system: You are a helpful assistant.
user:
Analyze the provided spectrum to determine if it is a **"Cataclysmic Variables (CV)"**.

- **Key Indicators for CV (Check for either state):**
    - **State 1: Quiescent / Low-State (Emission-Dominated)**
        - **(Primary):** Strong and *very broad* Hydrogen Balmer emission lines (e.g., $H\alpha$ at 6563 Å, $H\beta$ at 4861 Å). The 'broadness' (high velocity dispersion, often FWHM > 1000 km/s) is the key diagnostic, indicating a high-velocity accretion disk.
        - **(Secondary):** Broad neutral Helium (He I) emission lines (e.g., 5876 Å, 6678 Å).
        - **(Key Confirmation):** Presence of high-excitation *ionized* Helium (He II) emission at 4686 Å. This is a strong indicator of accretion onto a white dwarf.
        - **(Line Profile):** Emission lines may exhibit a 'double-peaked' profile, which is a classic signature of a rotating accretion disk viewed at high inclination.

    - **State 2: Outburst / High-State (Absorption-Dominated)**
        - **(Primary):** Spectrum is dominated by a bright, blue continuum (looks like a hot star).
        - **(Secondary):** The emission lines from State 1 are weak, absent, or 'filled in', and are replaced by broad, shallow *absorption* lines (primarily Balmer and He I).
        - **(Morphology):** The overall spectrum mimics a hot B/A-type star. The crucial difference is that the absorption lines are significantly broader, shallower, and more 'washed-out' (or 'smeared') than the sharp lines of a normal stellar photosphere, due to high rotational speeds and pressure broadening in the disk.

Think first, call **spectral_visualization_tool** if needed to examine features in detail, then provide your final answer. Your response must adhere to the following strict rules:
1.  **Overall Structure:** Your response must follow the format `<think>...</think> <tool_call>...</tool_call> (if a tool is used) <answer>...</answer>`.
2.  **Tool Usage Constraint:** You may only make **one** tool call per turn.
3.  **Final Answer Format:** In the `<answer>` tag, your conclusion must be inside a `\boxed{}` command (e.g., `\boxed{YES}`), followed by your justification.

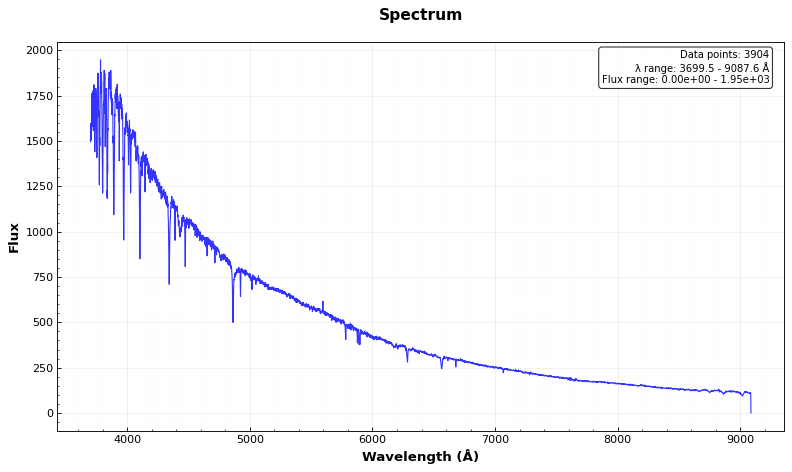
Answer: NO